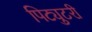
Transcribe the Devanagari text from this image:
पिट्युटरी